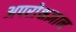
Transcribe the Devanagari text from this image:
अपरोक्षज्ञान